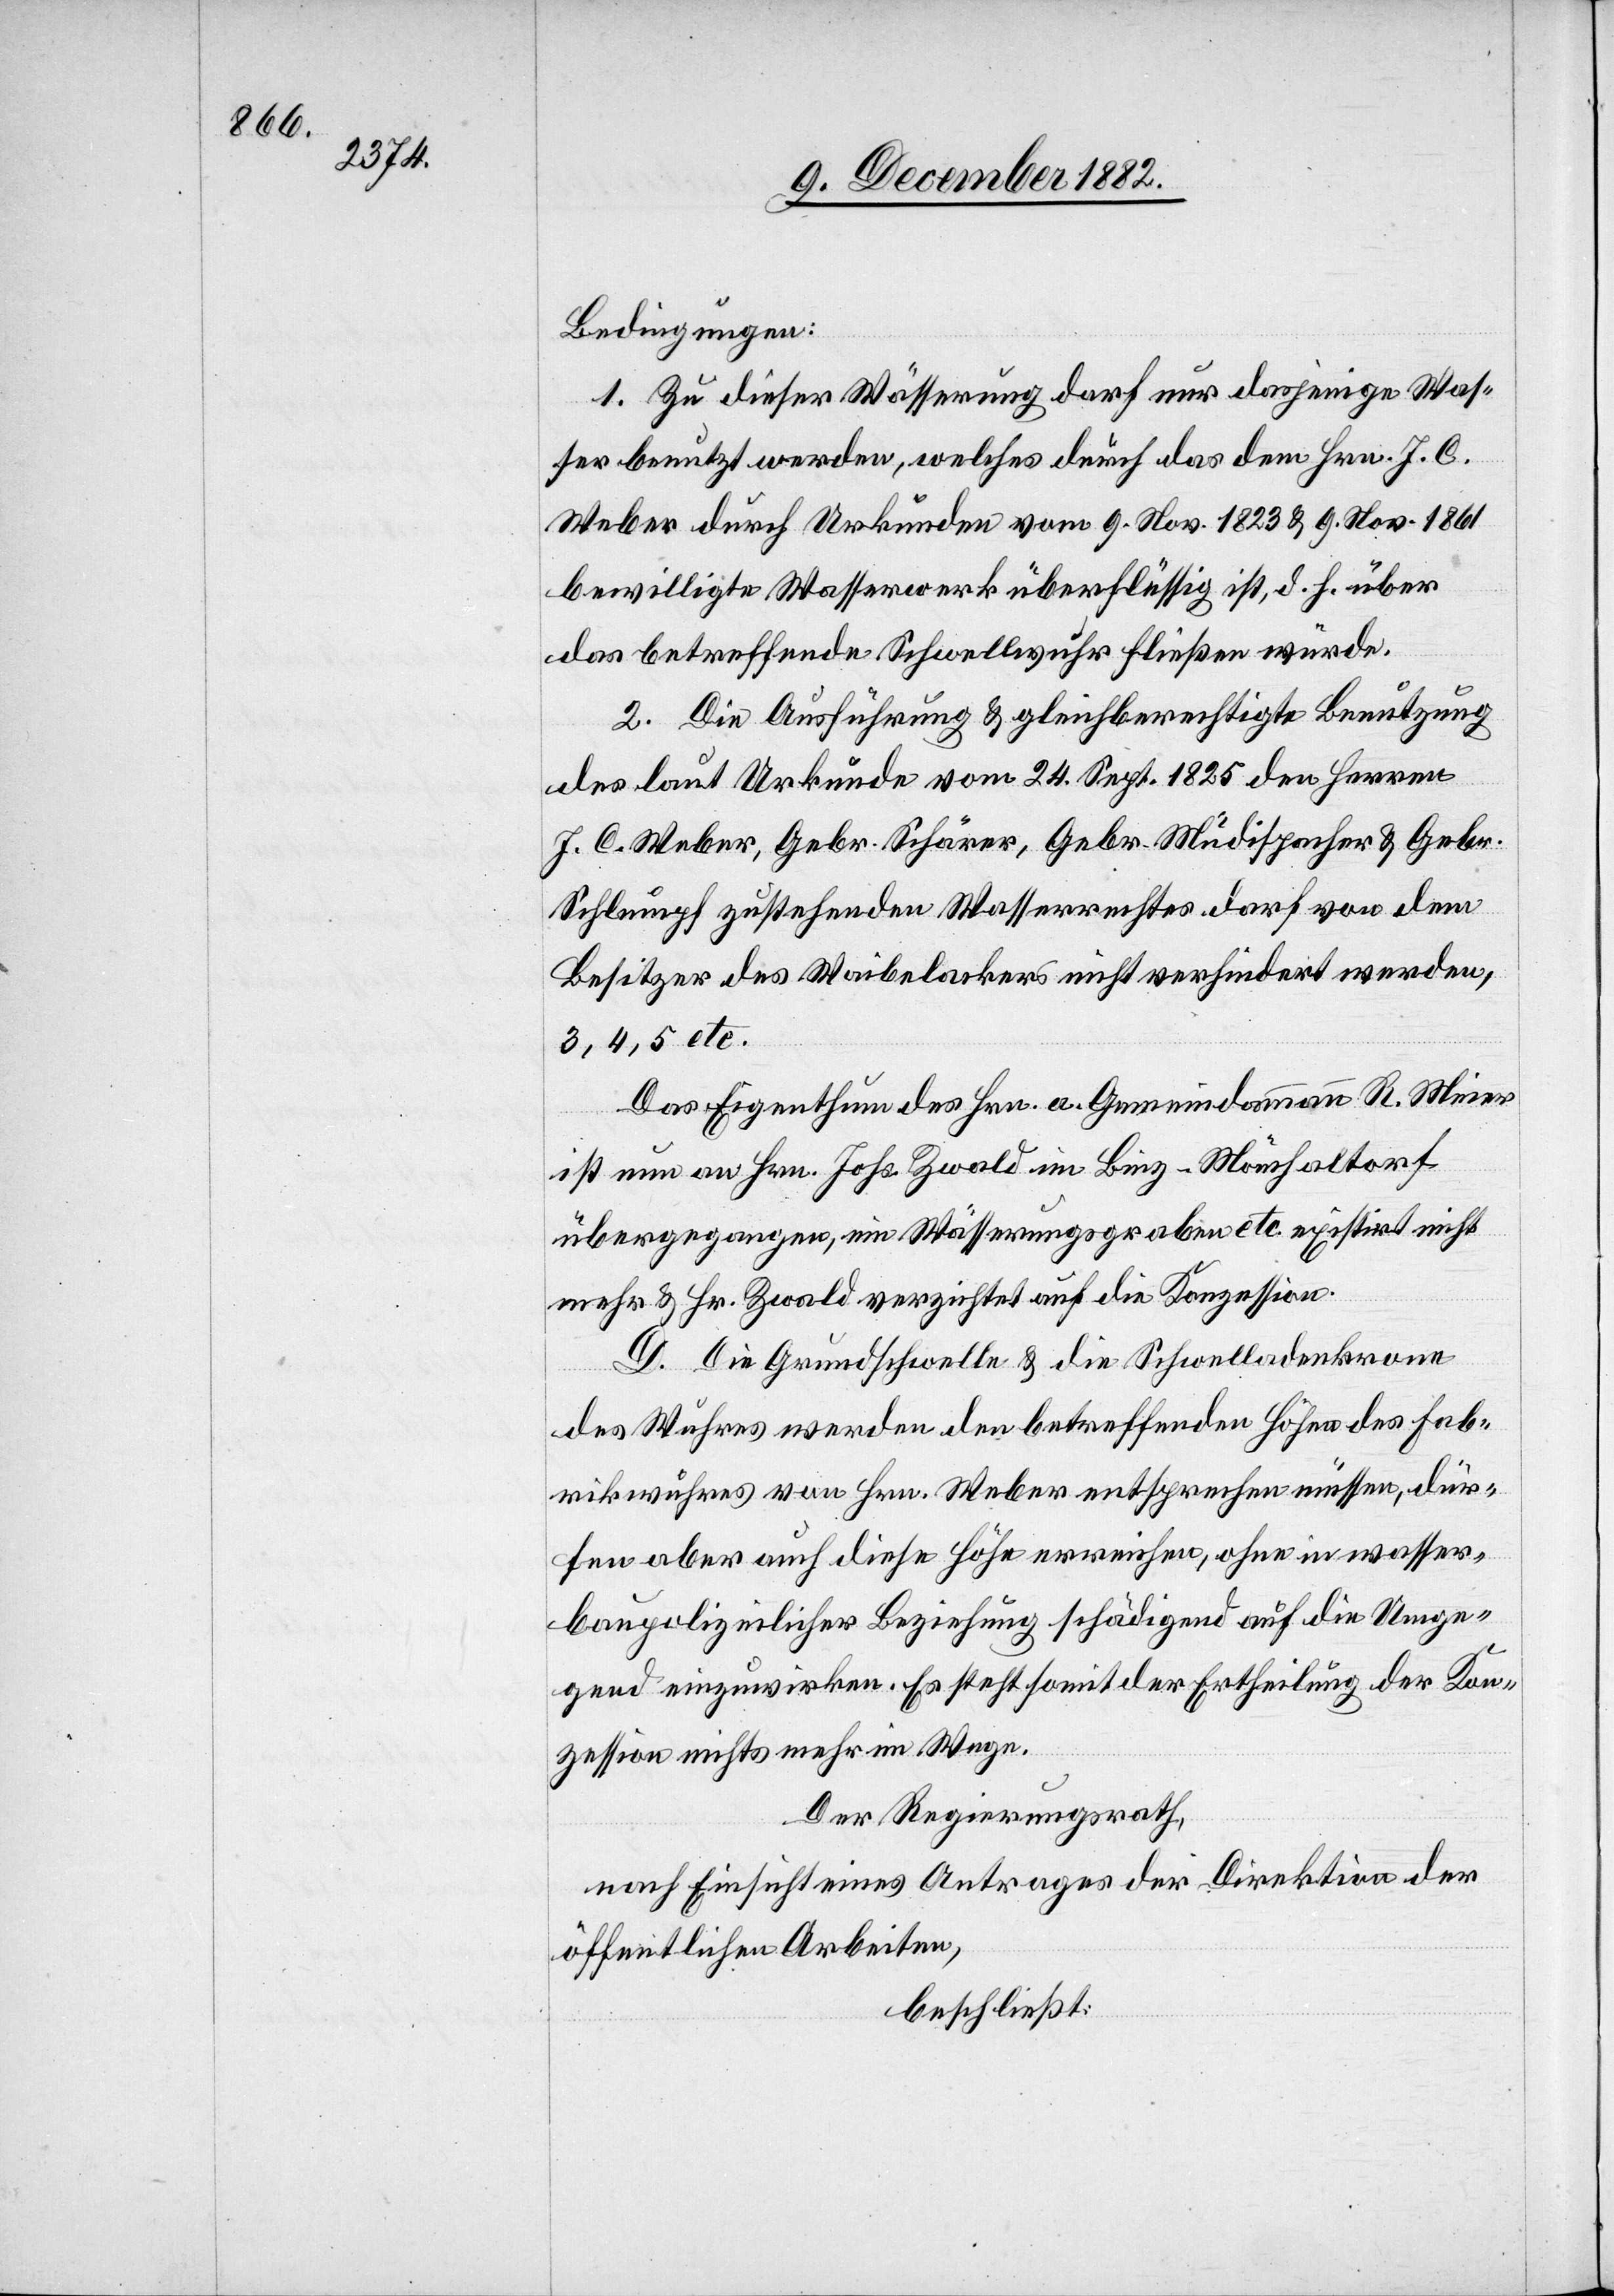
Bedingungen:
1. Zu dieser Wässerung darf nur dasjenige Was¬
ser benutzt werden, welches durch das dem Hrn. J. C.
Weber durch Urkunden vom 9. Nov. 1823 & 9. Nov. 1861
bewilligte Wasserwerk überflüssig ist, d. h. über
das betreffende Schwellwuhr fließen würde.
2. Die Ausführung & gleichberechtigte Benutzung
des laut Urkunde vom 24. Sept. 1825 den Herren
J. C. Weber, Gebr. Schärer, Gebr. Müdispacher & Gebr.
Schlumpf zustehenden Wasserrechtes darf von dem
Besitzer des Waibelackers nicht verhindert werden,
3, 4, 5 etc.
Das Eigenthum des Hrn. a. Gemeindammann R. Meier
ist nun an Hrn. Johs. Zwald im Binz - Mönchaltorf
übergegangen, ein Wässerungsgraben etc. existirt nicht
mehr & Hr. Zwald verzichtet auf die Konzession.
D. Die Grundschwelle & die Schwelladenkrone
des Wuhres werden den betreffenden Höhe des Fab¬
rikwuhres von Hrn. Weber entsprechen müssen, dür¬
fen aber auch diese Höhe erreichen, ohne in wasser¬
baupolizeilicher Beziehung schädigend auf die Umge¬
gend einzuwirken. Es steht somit der Ertheilung der Kon¬
zession nichts mehr im Wege.
Der Regierungsrath,
nach Einsicht eines Antrages der Direktion der
öffentlichen Arbeiten,
beschließt: